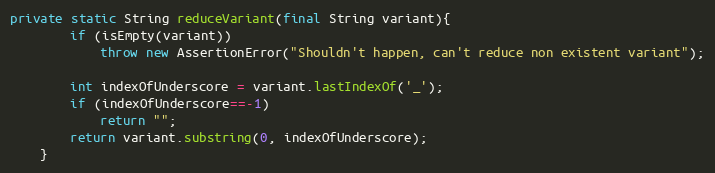
Language: Java
private static String reduceVariant(final String variant){
		if (isEmpty(variant))
			throw new AssertionError("Shouldn't happen, can't reduce non existent variant");

		int indexOfUnderscore = variant.lastIndexOf('_');
		if (indexOfUnderscore==-1)
			return "";
		return variant.substring(0, indexOfUnderscore);
	}